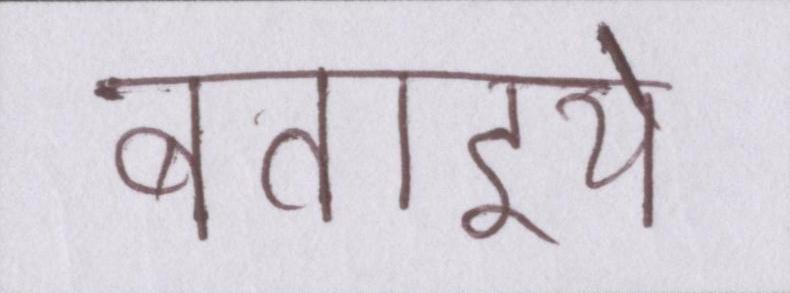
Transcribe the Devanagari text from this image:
बताइये